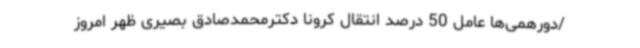
/دورهمی‌ها عامل 50 درصد انتقال کرونا دکترمحمدصادق بصیری ظهر امروز